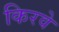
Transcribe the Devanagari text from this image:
किरवे